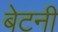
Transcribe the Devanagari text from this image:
बेटनी